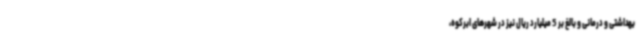
بهداشتی و درمانی و بالغ‌ بر 5 میلیارد ریال نیز در شهرهای ابرکوه،